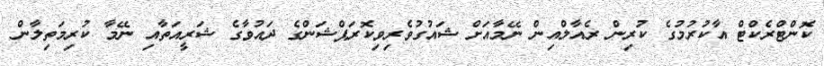
ކޮންޓްރެކްޓް އާކުރުމުގެ ކުރިން ރެއާލްއިން ނޭމާއަށް ޝައުގުވެރިވިކޮރަޕްޝަންގެ ދައުވާގެ ޝަރީއަތާއި ނޭމާ ކުރިމަތިލާން